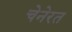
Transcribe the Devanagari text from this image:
चेनेरत